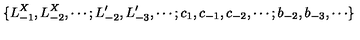
\{ L _ { - 1 } ^ { X } , L _ { - 2 } ^ { X } , \cdots ; L _ { - 2 } ^ { \prime } , L _ { - 3 } ^ { \prime } , \cdots ; c _ { 1 } , c _ { - 1 } , c _ { - 2 } , \cdots ; b _ { - 2 } , b _ { - 3 } , \cdots \}